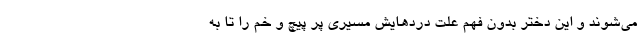
می‌شوند و این دختر بدون فهم علت دردهایش مسیری پر پیچ و خم را تا به